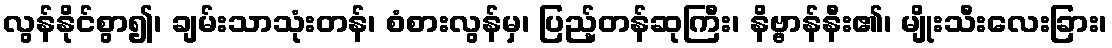
လွန်နိုင်စွာ၍၊ ချမ်းသာသုံးတန်၊ စံစားလွန်မှ၊ ပြည့်တန်ဆုကြီး၊ နိဗ္ဗာန်နီး၏၊ မျိုးသီးလေးခြား၊